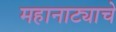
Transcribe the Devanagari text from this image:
महानाट्याचे